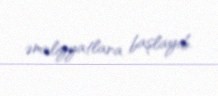
əməliyyatlara başlayıb.